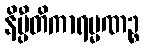
နိပ္ပီတိကာရမ္မဏဉ္စ